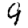
Digit: 9